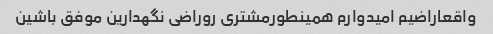
واقعاراضیم امیدوارم همینطورمشتری روراضی نگهدارین موفق باشین